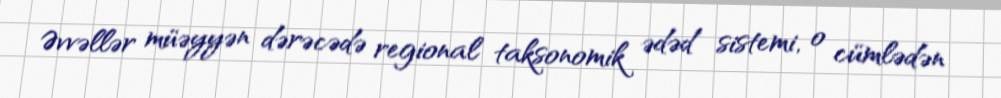
Əvvəllər müəyyən dərəcədə regional taksonomik ədəd sistemi, o cümlədən